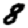
Digit: 8